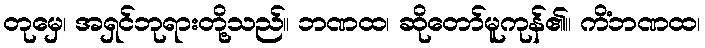
တုမှေ၊ အရှင်ဘုရားတို့သည်။ ဘဏထ၊ ဆိုတော်မူကုန်၏။ ကိံဘဏထ၊